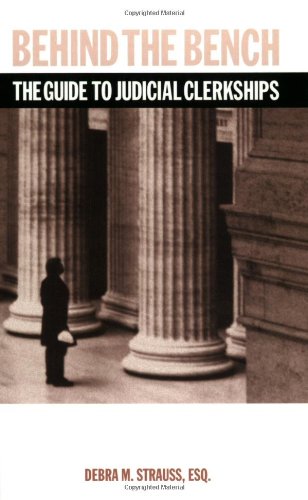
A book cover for Behind the Bench: The Guide to Judicial Clerkships (Debra Strauss) (Career Guides); Debra Strauss; Law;